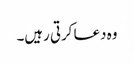
وہ دعا کرتی رہیں۔